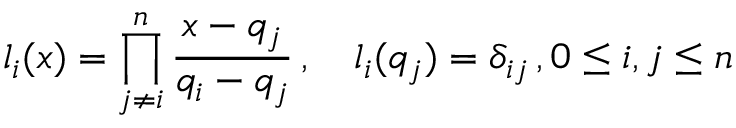
l _ { i } ( x ) = \prod _ { j \neq i } ^ { n } \frac { x - q _ { j } } { q _ { i } - q _ { j } } \, , \quad l _ { i } ( q _ { j } ) = \delta _ { i j } \, , 0 \leq i , j \leq n